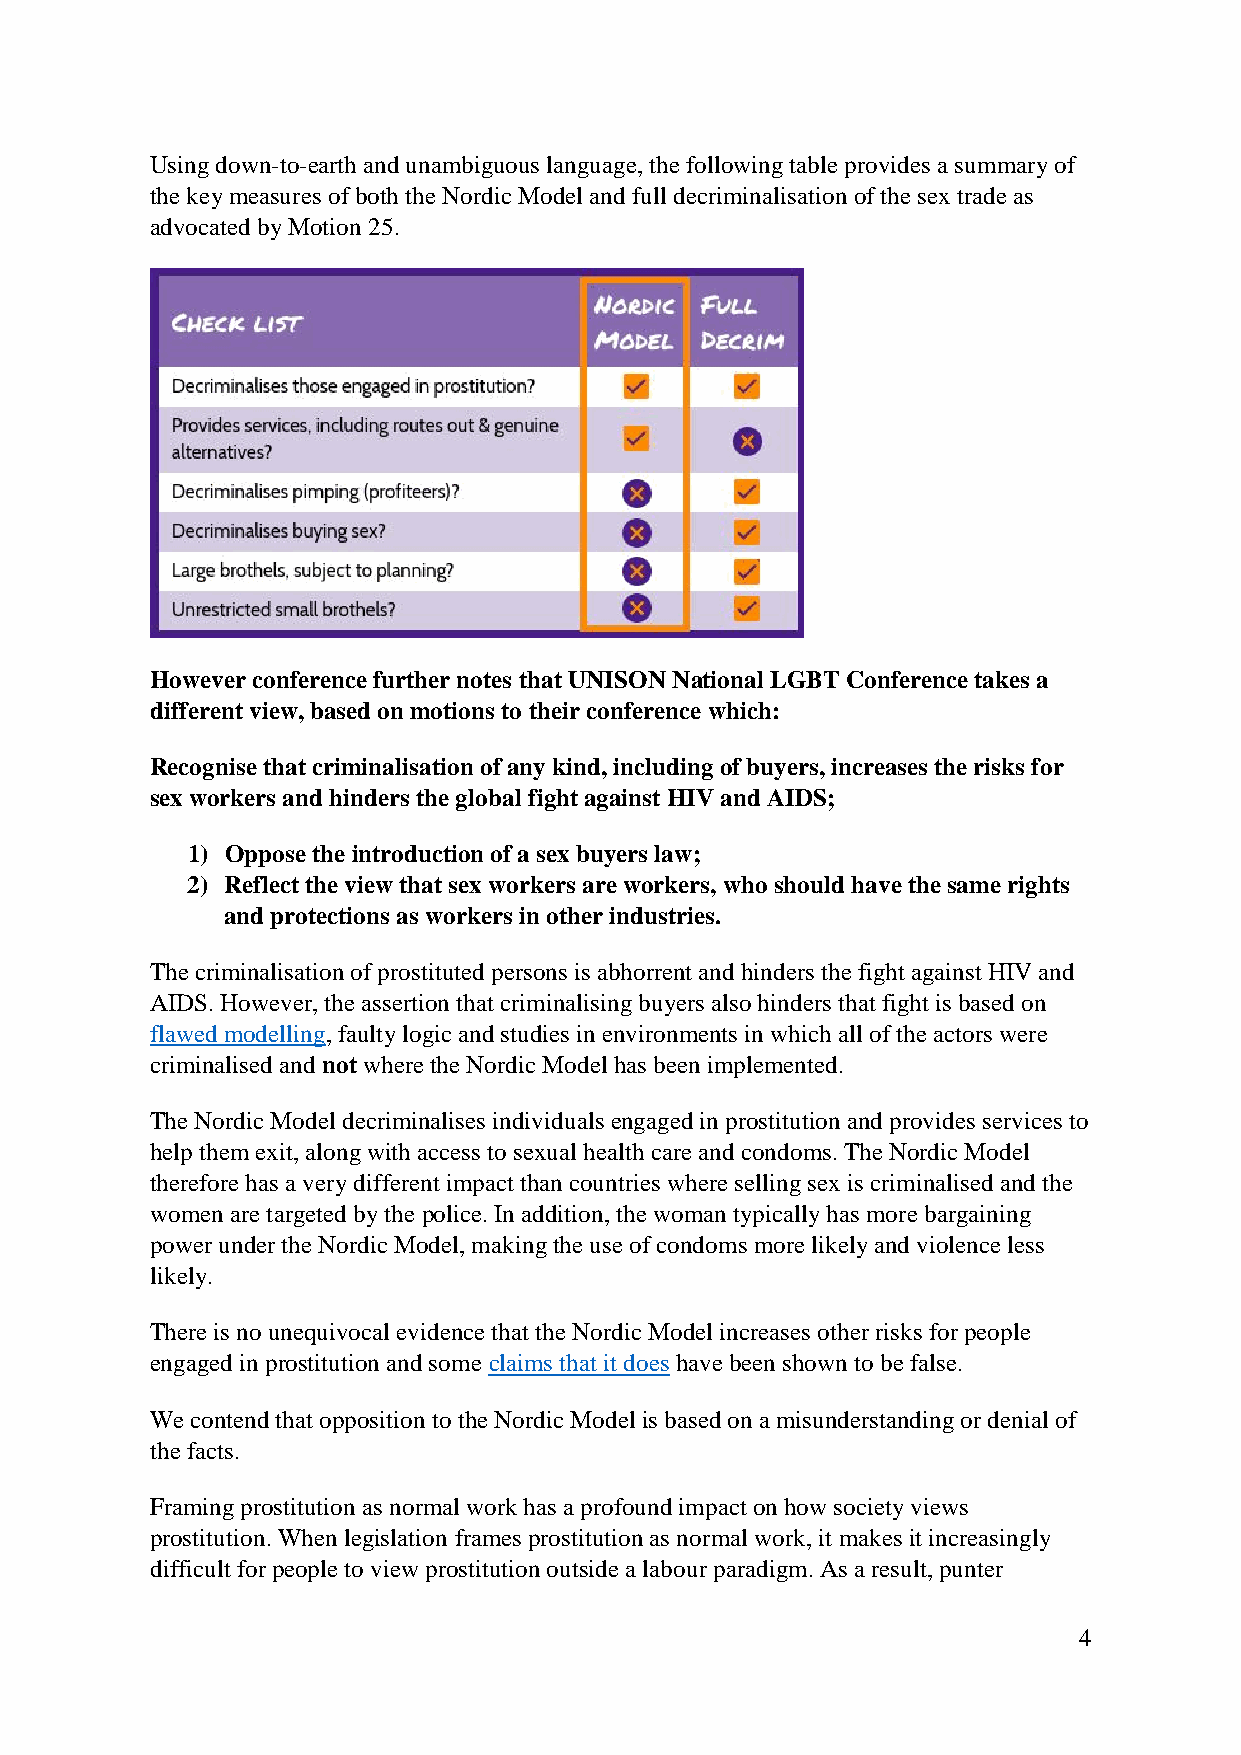
Using down-to-earth and unambiguous language, the following table provides a summary of
 the key measures of both the Nordic Model and full decriminalisation of the sex trade as
 advocated by Motion 25.
 However conference further notes that UNISON National LGBT Conference takes a
 different view, based on motions to their conference which:
 Recognise that criminalisation of any kind, including of buyers, increases the risks for
 sex workers and hinders the global fight against HIV and AIDS;
 1) Oppose the introduction of a sex buyers law;
 2) Reflect the view that sex workers are workers, who should have the same rights
 and protections as workers in other industries.
 The criminalisation of prostituted persons is abhorrent and hinders the fight against HIV and
 AIDS. However, the assertion that criminalising buyers also hinders that fight is based on
 flawed modelling, faulty logic and studies in environments in which all of the actors were
 criminalised and not where the Nordic Model has been implemented.
 The Nordic Model decriminalises individuals engaged in prostitution and provides services to
 help them exit, along with access to sexual health care and condoms. The Nordic Model
 therefore has a very different impact than countries where selling sex is criminalised and the
 women are targeted by the police. In addition, the woman typically has more bargaining
 power under the Nordic Model, making the use of condoms more likely and violence less
 likely.
 There is no unequivocal evidence that the Nordic Model increases other risks for people
 engaged in prostitution and some claims that it does have been shown to be false.
 We contend that opposition to the Nordic Model is based on a misunderstanding or denial of
 the facts.
 Framing prostitution as normal work has a profound impact on how society views
 prostitution. When legislation frames prostitution as normal work, it makes it increasingly
 difficult for people to view prostitution outside a labour paradigm. As a result, punter
 4